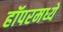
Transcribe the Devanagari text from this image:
हॉपरमध्ये